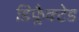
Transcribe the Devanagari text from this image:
डिफ्लैक्टेड